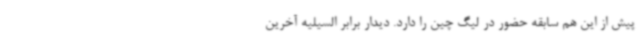
پیش از این هم سابقه حضور در لیگ چین را دارد. دیدار برابر السیلیه آخرین